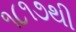
૧૮૧૭થી